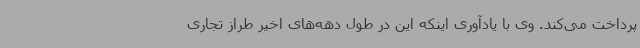
پرداخت می‌کند. وی با یادآوری اینکه این در طول دهه‌های اخیر طراز تجاری